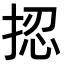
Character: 𢭝